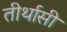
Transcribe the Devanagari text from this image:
तीर्थासी